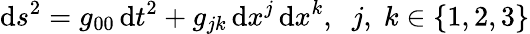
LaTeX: \mathrm{d}s^{2}=g_{00}\, \mathrm{d}t^{2}+g_{jk}\, \mathrm{d}x^{j}\, \mathrm{d}x^{k},\; \; j,\; k\in\{ 1,2,3\}